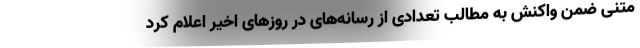
متنی ضمن واکنش به مطالب تعدادی از رسانه‌های در روزهای اخیر اعلام کرد